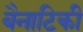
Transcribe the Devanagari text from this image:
बैनाटिकी